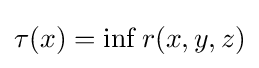
\tau (x)=\inf r(x,y,z)